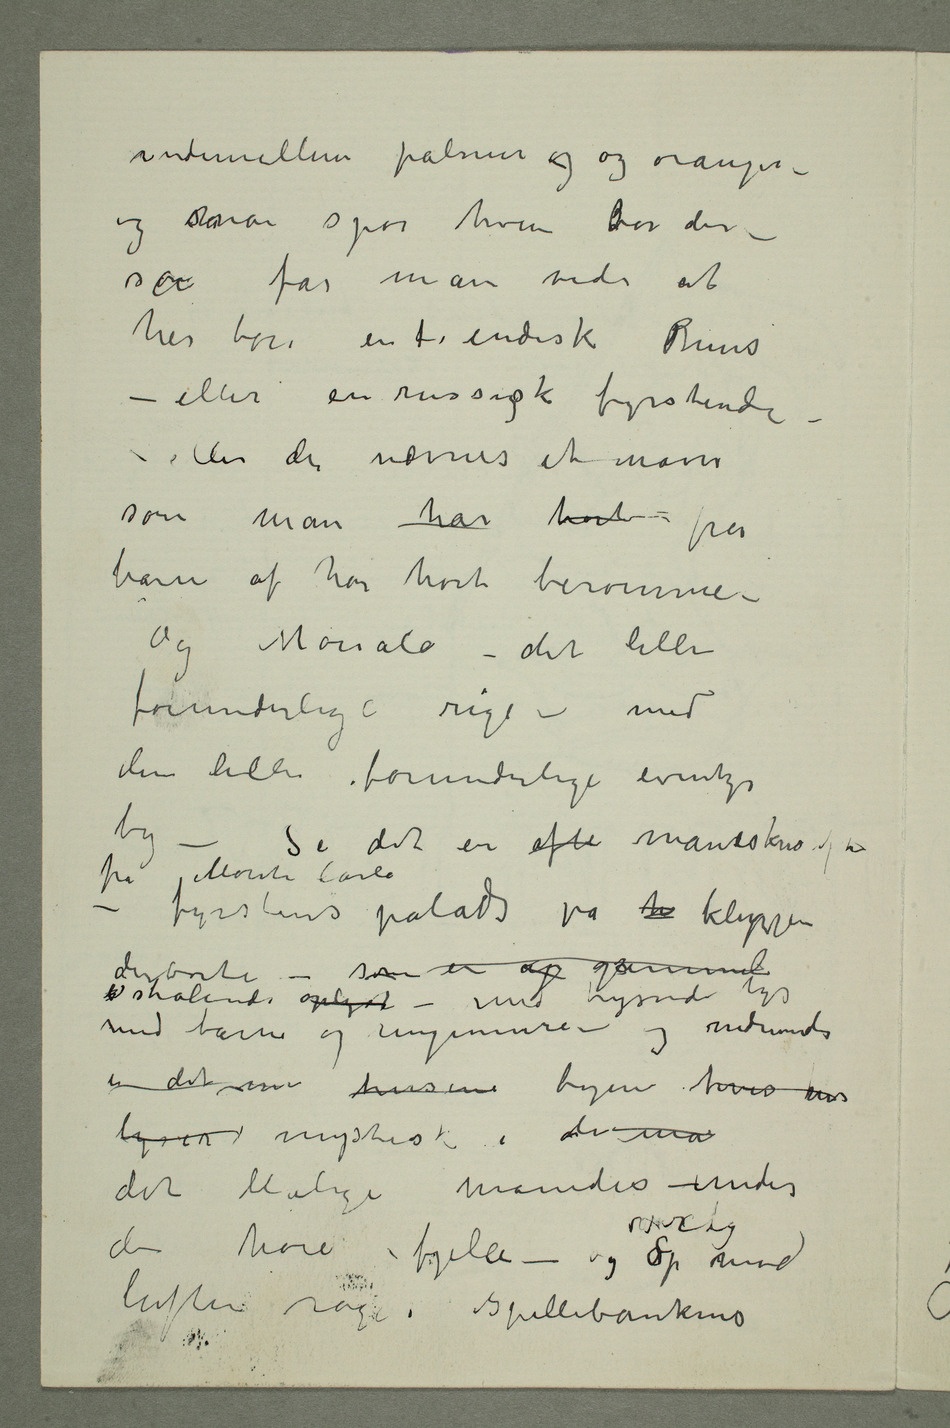
indimellem palmer og og oranger –
og såman spør hvem bor der –
somå får man vide at
her bor en  indisk Prins
– eller en russigsk fyrstinde –
– eller der nævnes et navn
som man har hørt fra
barn af har hørt berømme –
Og Monaco – det lille
forunderlige rige – med
den lille forunderlige eventyr
by – Se det er afte måneskinsaften
fra Monte Carlo –
fyrstens palads på h klippen
strålende oplyst – med lysende lys
med tårne og ringmure – og nedenunder
er det  husene byen hvis ens
det blålige månedis – under
de høie fjelle – og over dig Sop mod
luften rage i spillebankens